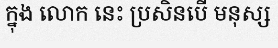
ក្នុង លោក នេះ ប្រសិនបើ មនុស្ស